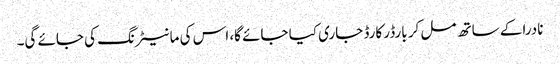
نادرا کے ساتھ مل کر بارڈر کارڈ جاری کیا جائے گا، اس کی مانیٹرنگ کی جائے گی۔